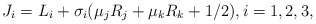
\begin{align*} J_i&=L_i+\sigma_i(\mu_j R_j+\mu_k R_k+1/2),i=1,2,3,\end{align*}